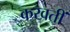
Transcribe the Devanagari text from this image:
करवतीं